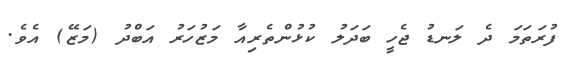
ފުރަތަމަ ދެ ލަނޑު ޖެހީ ބަދަލު ކުޅުންތެރިއާ މަޒުހަރު އަބްދު (މަޒޭ) އެވެ.